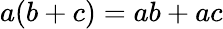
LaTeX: a(b+c)=ab+ac